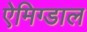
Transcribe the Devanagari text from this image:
ऐमिग्डाल